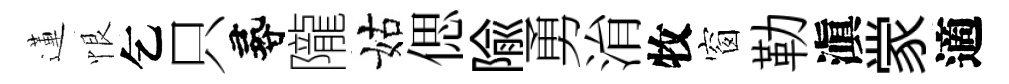
蓮恨乞只尋隴姑偲隃勇㳙牧窗勒滇䝉適